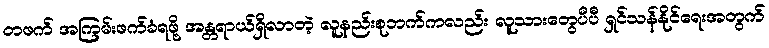
တဖက် အကြမ်းဖက်ခံရဖို့ အန္တရာယ်ရှိလာတဲ့ လူနည်းစုဘက်ကလည်း လူသားတွေပီပီ ရှင်သန်နိုင်ရေးအတွက်